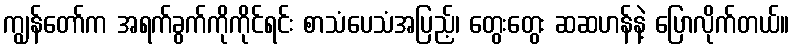
ကျွန်တော်က အရက်ခွက်ကိုကိုင်ရင်း စာသံပေသံအပြည့်၊ တွေးတွေး ဆဆဟန်နဲ့ ပြောလိုက်တယ်။